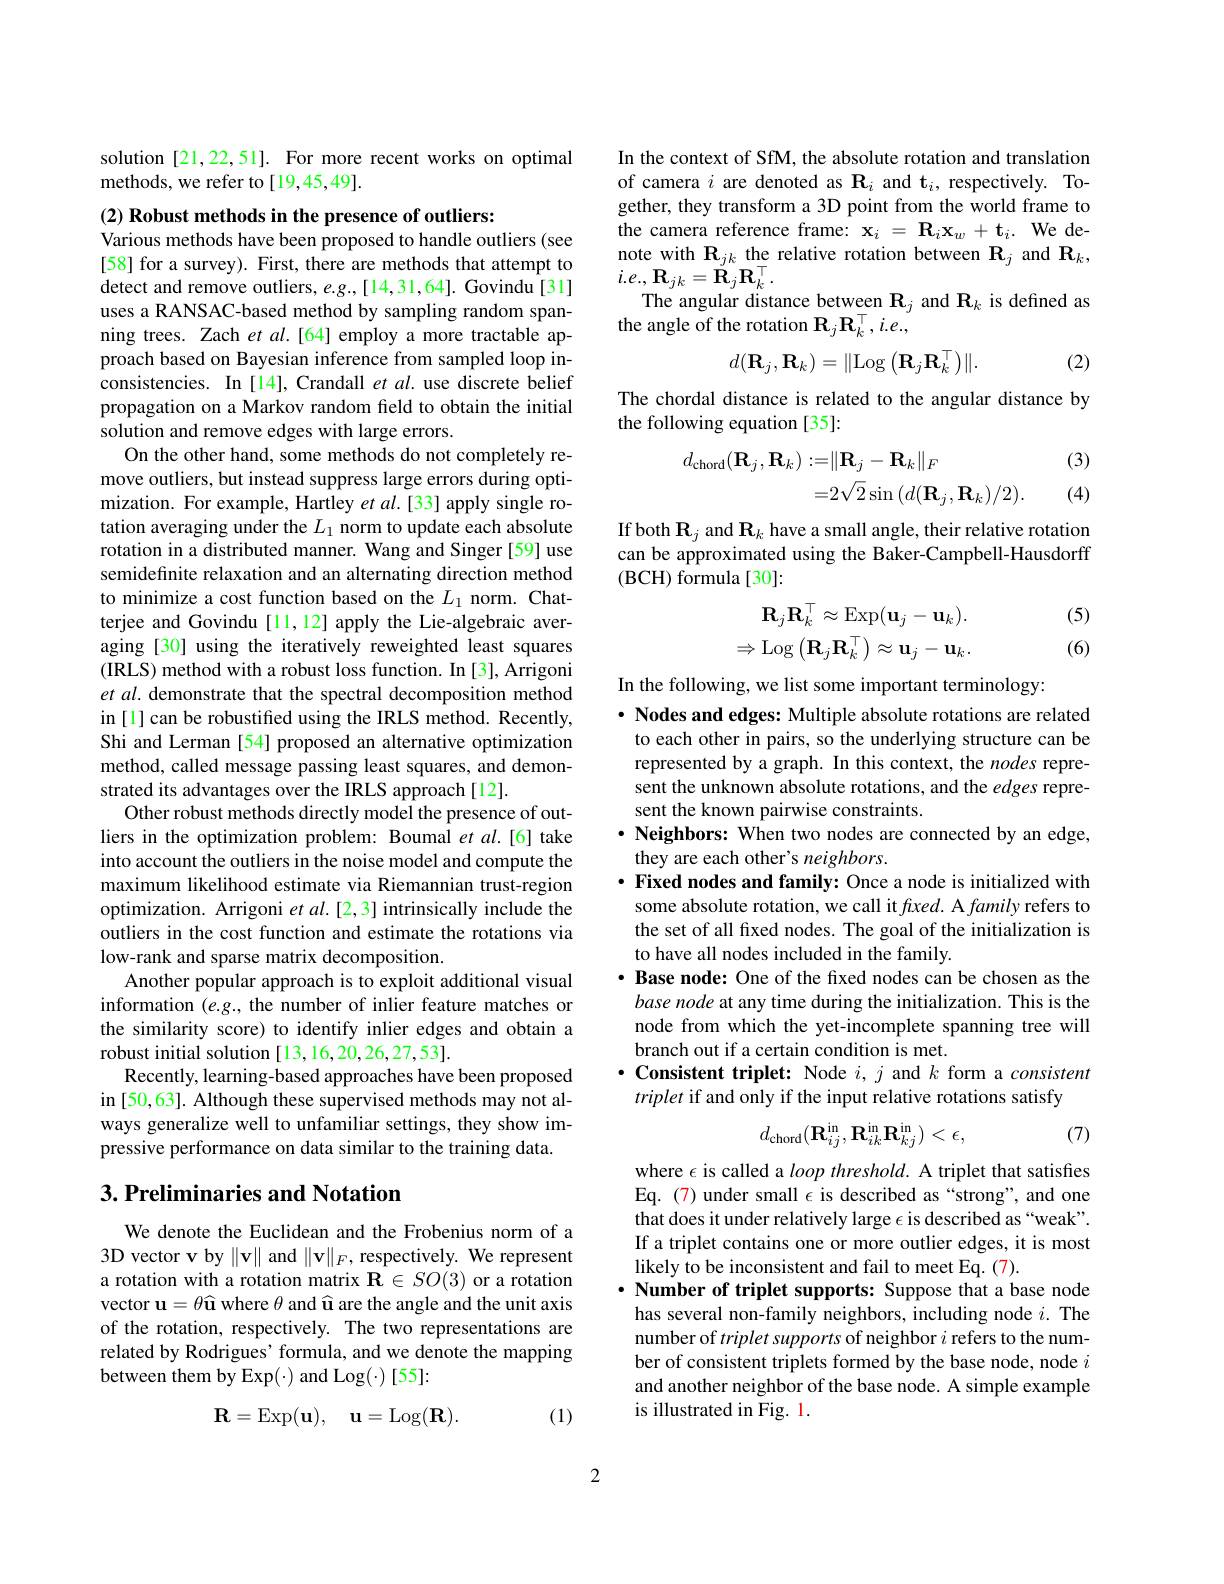
solution [21,22,51]. For more recent works on optimal
methods, we refer to[19,45,49].

(2) Robust methods in the presence of outliers:
Various methods have been proposed to handle outliers (see [58] for a survey). First, there are methods that attempt to detect and remove outliers, $e.g.,[14,31,64].$ Govindu [31] uses a RANSAC-based method by sampling random spanning trees. Zach et $al.[64]$ employ a more tractable approach based on Bayesian inference from sampled loop inconsistencies. In [14], Crandall et al. use discrete belief propagation on a Markov random feld to obtain the initial solution and remove edges with large errors.
On the other hand, some methods do not completely remove outliers, but instead suppress large errors during optimization. For example, Hartley et al.[33] apply single rotation averaging under the $L_1$ norm to update each absolute rotation in a distributed manner. Wang and Singer [59] use semidefinite relaxation and an alternating direction method to minimize a cost function based on the $L_1$ norm. Chatterjee and Govindu [11,12] apply the Lie-algebraic averaging [30] using the iteratively reweighted least squares (IRLS) method with a robust loss function. In [3], Arrigoni et al. demonstrate that the spectral decomposition method in [l] can be robustified using the IRLS method. Recently, Shi and Lerman [54] proposed an alternative optimization method, called message passing least squares, and demonstrated its advantages over the IRLS approach [12].
Other robust methods directly model the presence of outliers in the optimization problem: Boumal et al.[6] take into account the outliers in the noise model and compute the maximum likelihood estimate via Riemannian trust-region optimization. Arrigoni $etal.[2,3]$ intrinsically include the outliers in the cost function and estimate the rotations via low-rank and sparse matrix decomposition.
Another popular approach is to exploit additional visual information (e.g., the number of inlier feature matches or the similarity score) to identify inlier edges and obtain a robust initial solution [13,16,20,26,27,53].
Recently, learning-based approaches have been proposed in [50,63]. Although these supervised methods may not always generalize well to unfamiliar settings, they show impressive performance on data similar to the training data.

## $3. \textbf{ Preliminaries and Notation}$

We denote the Euclidean and the Frobenius norm of a 3D vector v by $\|\mathbf{v}\|$ and $\|\mathbf{v}\|_F$, respectively. We represent a rotation with a rotation matrix $\mathbf{R}\in SO(3)$ or a rotation vector $\mathbf{u}=\theta\widehat{\mathbf{u}}$ where $\theta$ and û are the angle and the unit axis of the rotation, respectively. The two representations are related by Rodrigues' formula, and we denote the mapping between them by Exp(\cdot) and Log(\cdot) [55]:
$$\mathbf{R}=\mathrm{Exp}(\mathbf{u}),\quad\mathbf{u}=\mathrm{Log}(\mathbf{R}).$$
(1)

In the context of SfM, the absolute rotation and translation of camera $i$ are denoted as $\mathbf{R}_i$ and t$_i$, respectively. Together, they transform a 3D point from the world frame to the camera reference frame: $\mathbf{x}_i=\mathbf{R}_i\mathbf{x}_w+\mathbf{t}_i.$ We denote with $\mathbf{R}_{jk}$ the relative rotation between $\mathbf{R}_j$ and $\mathbf{R}_k$, $i.e.,\mathbf{R}_{jk}=\dot{\mathbf{R}}_{j}\mathbf{R}_{k}^{\top}.$
The angular distance between $\mathbf{R}_j$ and $\mathbf{R}_k$ is defined as
the angle of the rotation $\mathbf{R}_j\mathbf{R}_k^\top,i.e.$,
$$d(\mathbf{R}_j,\mathbf{R}_k)=\|\mathrm{Log}\left(\mathbf{R}_j\mathbf{R}_k^\top\right)\|.$$
(2)

The chordal distance is related to the angular distance by
the following equation [35]:
$$\begin{aligned}d_{\mathrm{chord}}(\mathbf{R}_{j},\mathbf{R}_{k}):=&\|\mathbf{R}_{j}-\mathbf{R}_{k}\|_{F}\\=&2\sqrt{2}\sin{(d(\mathbf{R}_{j},\mathbf{R}_{k})/2)}.\end{aligned}$$
(3)

(4)

If both $\mathbf{R}_j$ and $\mathbf{R}_k$ have a small angle, their relative rotation can be approximated using the Baker-Campbell-Hausdorff ( BCH) formula [ 30] :
$$\mathbf{R}_{j}\mathbf{R}_{k}^{\top}\approx\mathrm{Exp}(\mathbf{u}_{j}-\mathbf{u}_{k}).\\\Rightarrow\mathrm{Log}\left(\mathbf{R}_{j}\mathbf{R}_{k}^{\top}\right)\approx\mathbf{u}_{j}-\mathbf{u}_{k}.$$
(5) (6)

In the following, we list some important terminology:
$\cdot$ Nodes and edges: Multiple absolute rotations are related to each other in pairs, so the underlying structure can be represented by a graph. In this context, the nodes represent the unknown absolute rotations, and the edges represent the known pairwise constraints.
$\cdot$ Neighbors: When two nodes are connected by an edge,
they are each other's neighbors.
$\cdot$ Fixed nodes and family: Once a node is initialized with some absolute rotation, we call it $fxed.$ A family refers to the set of all fixed nodes. The goal of the initialization is to have all nodes included in the family.
· Base node: One of the fxed nodes can be chosen as the
base node at any time during the initialization. This is the node from which the yet-incomplete spanning tree will branch out if a certain condition is met.
$\cdot$ Consistent triplet: Node $i,j$ and $k$ form a consistent
triplet if and only if the input relative rotations satisfy

(7)
$$d_{\mathrm{chord}}(\mathbf{R}_{ij}^{\mathrm{in}},\mathbf{R}_{ik}^{\mathrm{in}}\mathbf{R}_{kj}^{\mathrm{in}})<\epsilon,$$
where $\epsilon$ is called a loop threshold. A triplet that satisfies Eq. (7) under small $\epsilon$ is described as“strong”, and one that does it under relatively large $\epsilon$ is described as “weak”. If a triplet contains one or more outlier edges, it is most likely to be inconsistent and fail to meet Eq. (7).
$\cdot \textbf{Number of triplet supports: Suppose that a base node}$
has several non-family neighbors, including node $i.$ The number of triplet supports of neighbor $i$ refers to the number of consistent triplets formed by the base node, node $i$ and another neighbor of the base node. A simple example is illustrated in Fig. 1.

2